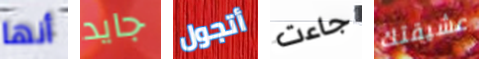
أنها جايد أتجول جاءت عشيقتك